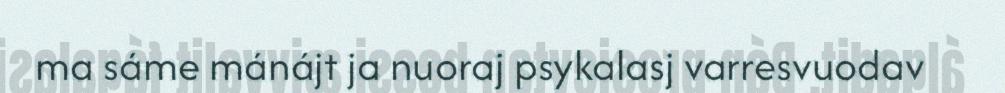
ma sáme mánájt ja nuoraj psykalasj varresvuodav